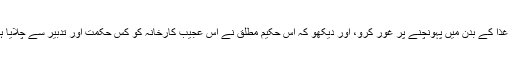
ذرا غذا کے بدن میں پہونچنے پر غور کرو، اور دیکھو کہ اس حکیم مطلق نے اس عجیب کارخانہ کو کس حکمت اور تدبیر سے چَلایا ہے۔